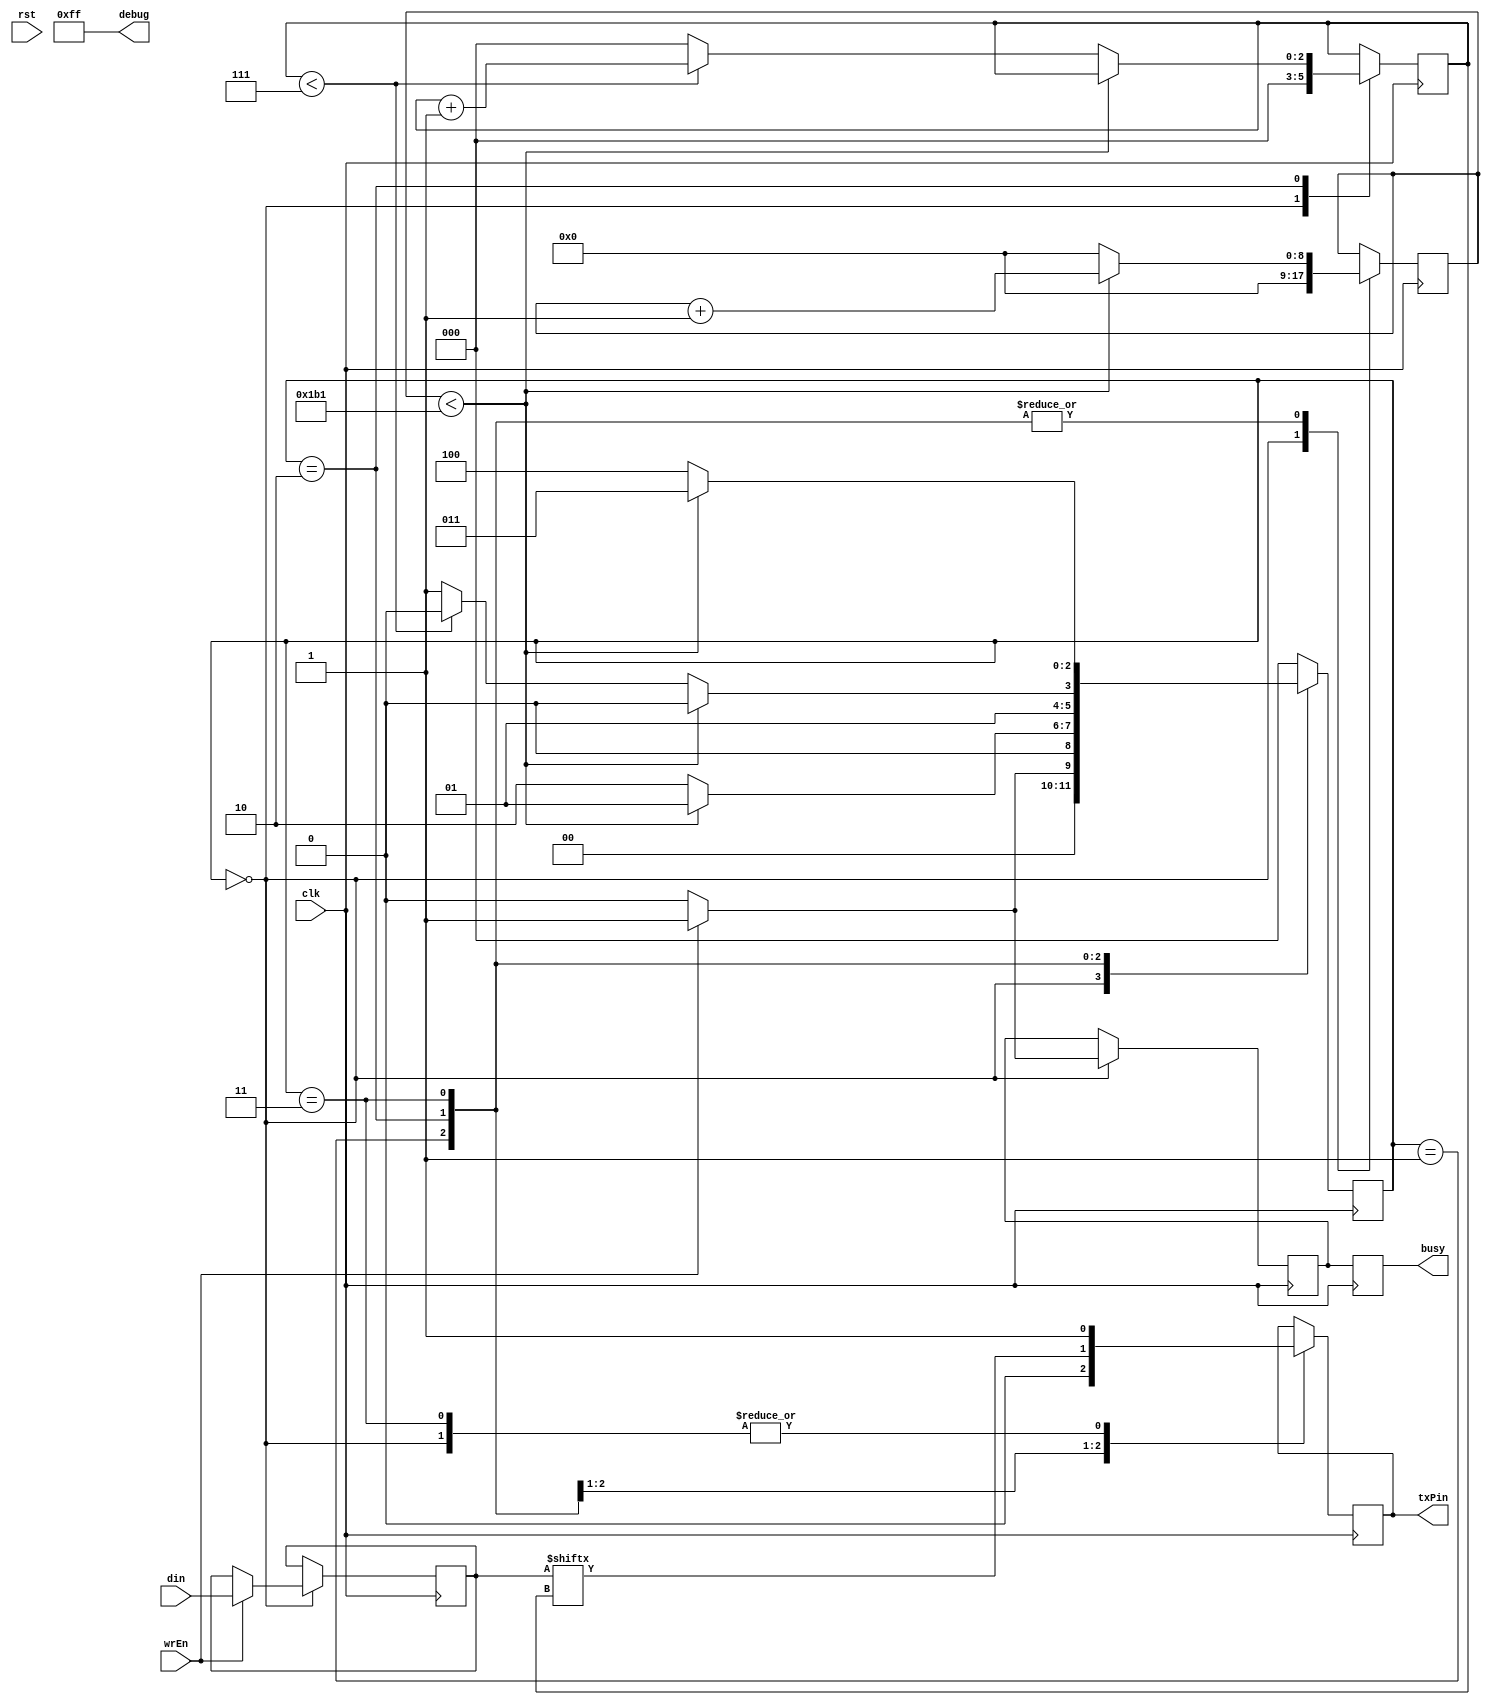
module uart_tx 
  #(parameter BAUD  = 115_200,
    parameter CLOCK = 50_000_000)
  (
   input            clk,        // System clock
   input            rst,        // System reset
   input            wrEn,       // Data valid (go!)
   input [7:0]      din,        // Byte to transmit
   output reg       busy,       // Uart busy when high
   output reg       txPin,      // UART pin
   output reg [7:0] debug
   );
   
  parameter CLKS_PER_BIT = (CLOCK/BAUD);
  parameter WIDTH = $clog2(CLKS_PER_BIT);  // Num bits to hold CLKS_PER_BIT
  
  parameter s_IDLE         = 3'b000;
  parameter s_TX_START_BIT = 3'b001;
  parameter s_TX_DATA_BITS = 3'b010;
  parameter s_TX_STOP_BIT  = 3'b011;
  parameter s_CLEANUP      = 3'b100;
  
   
  reg [2:0]          r_SM_Main     = 0;
  reg [WIDTH-1:0]    r_Clock_Count = 0;
  reg [2:0]          r_Bit_Index   = 0;
  reg [7:0]          r_Tx_Data     = 0;
  
  reg                txBusy;

     
  always @(posedge clk)
    begin
    
      busy <= txBusy;
    
      if (rst)
      begin
        r_SM_Main <= s_IDLE;
      end
       
      case (r_SM_Main)
        s_IDLE :
          begin
            txPin         <= 1'b1;    // Drive Line High for Idle
            r_Clock_Count <= 0;       // Clock counter for baudrate divider
            r_Bit_Index   <= 0;       // Set number of bits transmitted
            txBusy        <= 1'b0;    // Not busy
            
             
            // If we are told the data is now valid to transmit 
            if (wrEn == 1'b1)
              begin
                txBusy    <= 1'b1;            // Indicate we are busy
                r_Tx_Data <= din;            // Make copy of transmit data
                r_SM_Main <= s_TX_START_BIT;  // Set new mode
              end
            else
              r_SM_Main <= s_IDLE;
          end // case: s_IDLE
         
         
        // Send out Start Bit. Start bit = 0
        s_TX_START_BIT :
          begin
          
            txPin <= 1'b0;  // Drop pin low for start bit
             
            // Wait CLKS_PER_BIT-1 clock cycles for start bit to finish
            if (r_Clock_Count < CLKS_PER_BIT-1)
              begin
                r_Clock_Count <= r_Clock_Count + 1'h1;
                r_SM_Main     <= s_TX_START_BIT;
              end
            else
              begin
                r_Clock_Count <= 0;
                r_SM_Main     <= s_TX_DATA_BITS;
              end
          end // case: s_TX_START_BIT
         
         
        // Wait CLKS_PER_BIT-1 clock cycles for data bits to finish         
        s_TX_DATA_BITS :
          begin
            txPin <= r_Tx_Data[r_Bit_Index];  // Drive pin for next bit
             
            if (r_Clock_Count < CLKS_PER_BIT-1)
              begin
                r_Clock_Count <= r_Clock_Count + 1'h1;
                r_SM_Main     <= s_TX_DATA_BITS;
              end
            else
              begin
                r_Clock_Count <= 0;
                 
                // Check if we have sent out all bits
                if (r_Bit_Index < 7)
                  begin
                    r_Bit_Index <= r_Bit_Index + 1'h1;
                    r_SM_Main   <= s_TX_DATA_BITS;
                  end
                else
                  begin
                    r_Bit_Index <= 0;
                    r_SM_Main   <= s_TX_STOP_BIT;
                  end
              end
          end // case: s_TX_DATA_BITS
         
         
        // Send out Stop bit.  Stop bit = 1
        s_TX_STOP_BIT :
          begin
            txPin <= 1'b1;
             
            // Wait CLKS_PER_BIT-1 clock cycles for Stop bit to finish
            if (r_Clock_Count < CLKS_PER_BIT-1)
              begin
                r_Clock_Count <= r_Clock_Count + 1'h1;
                r_SM_Main     <= s_TX_STOP_BIT;
              end
            else
              begin
                r_Clock_Count <= 0;
                r_SM_Main     <= s_CLEANUP;
              end
          end // case: s_Tx_STOP_BIT
         
         
        // Stay here 1 clock
        s_CLEANUP :
          begin
            r_SM_Main <= s_IDLE;
          end
         
         
        default :
          r_SM_Main <= s_IDLE;
         
      endcase
    end
    
    always @* 
    begin
      debug     = 8'hff;
    end  
    
   
endmodule